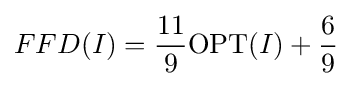
FFD(I)={\frac {11}{9}}\mathrm {OPT} (I)+{\frac {6}{9}}